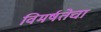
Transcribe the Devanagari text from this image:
विमर्षतेचा